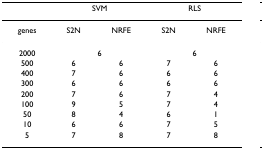
|  | <COLSPAN=2> SVM | <COLSPAN=2> RLS |
 | --- | --- | --- | --- | --- |
 | genes | S2N | NRFE | S2N | NRFE |
 | 2000 | <COLSPAN=2> 6 | <COLSPAN=2> 6 |
 | 500 | 6 | 6 | 7 | 6 |
 | 400 | 7 | 6 | 6 | 6 |
 | 300 | 6 | 6 | 6 | 6 |
 | 200 | 7 | 6 | 7 | 4 |
 | 100 | 9 | 5 | 7 | 4 |
 | 50 | 8 | 4 | 6 | 1 |
 | 10 | 6 | 6 | 7 | 5 |
 | 5 | 7 | 8 | 7 | 8 |